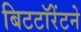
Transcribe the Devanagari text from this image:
बिटटॉरेंटने